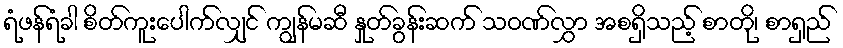
ရံဖန်ရံခါ စိတ်ကူးပေါက်လျှင် ကျွန်မဆီ နှုတ်ခွန်းဆက် သဝဏ်လွှာ အစရှိသည့် စာတို၊ စာရှည်